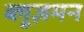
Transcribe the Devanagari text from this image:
ब्लूज़मन